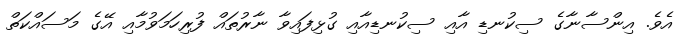
އެވެ. އިންސާނާގެ ސިކުނޑި އާއި ސިކުނޑިއާއި ގުޅިފައިވާ ނާރުތައް ފުރިހަމަވުމާއި އޭގެ މަސައްކަތް